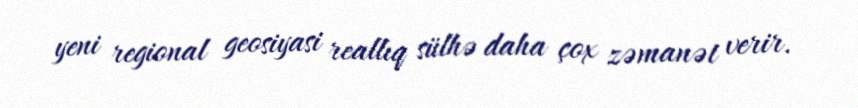
yeni regional geosiyasi reallıq sülhə daha çox zəmanət verir.